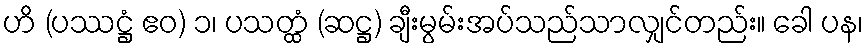
ဟိ (ပဿဋ္ဌံ ဧဝ) ၁၊ ပသတ္ထံ (ဆဋ္ဌ) ချီးမွမ်းအပ်သည်သာလျှင်တည်း။ ခေါ ပန၊